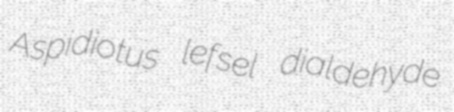
Aspidiotus lefsel dialdehyde